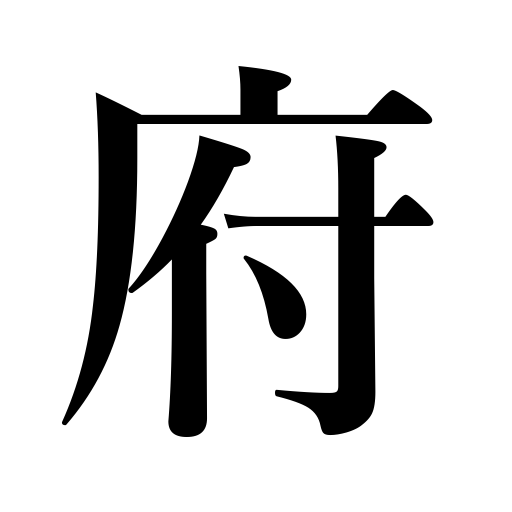
Meanings: representative body,government office,storehouse,urban prefecture